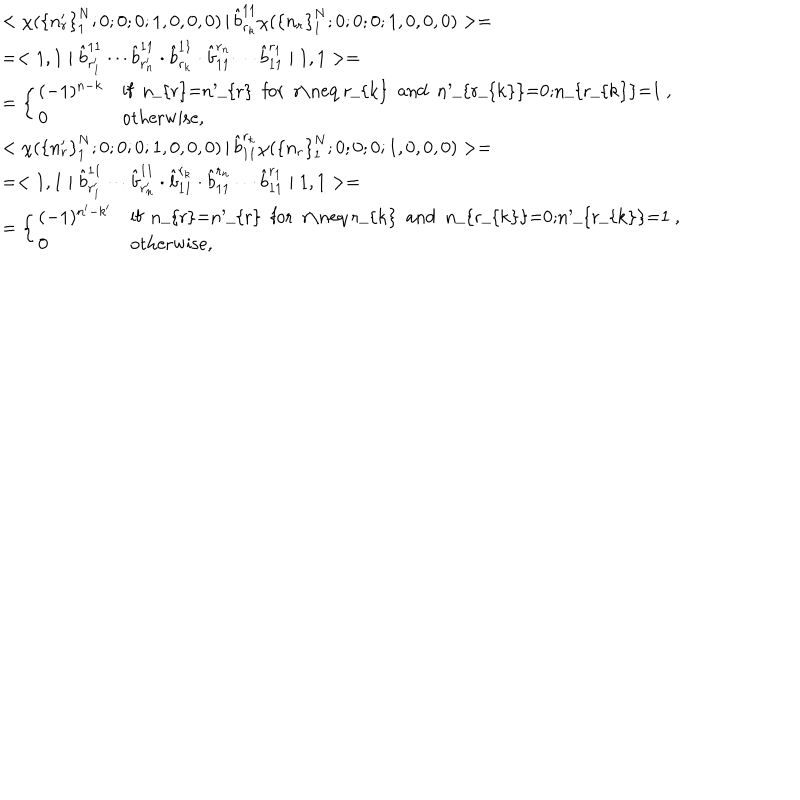
LaTeX: \begin{array} { l } { { < \chi ( { \{ n _ { r } ^ { \prime } \} } _ { 1 } ^ { N } ; 0 ; 0 ; 0 ; 1 , 0 , 0 , 0 ) \left| \right. \hat { b } _ { r _ { k } } ^ { 1 1 } \chi ( { \{ n _ { r } \} } _ { 1 } ^ { N } ; 0 ; 0 ; 0 ; 1 , 0 , 0 , 0 ) > = } } \\ { { = < 1 , 1 \mid \hat { b } _ { r _ { 1 } ^ { \prime } } ^ { 1 1 } \cdots \hat { b } _ { r _ { n } ^ { \prime } } ^ { 1 1 } \cdot \hat { b } _ { r _ { k } } ^ { 1 1 } \cdot \hat { b } _ { 1 1 } ^ { r _ { n } } \cdots \hat { b } _ { 1 1 } ^ { r _ { 1 } } \mid 1 , 1 > = } } \\ { { = \left\{ \begin{array} { l l } { { ( - 1 ) ^ { n - k } } } & { { \mathrm { i f ~ n _ { r } = n _ { r } ^ { \prime } ~ f o r ~ r \neq ~ r _ { k } ~ a n d ~ n _ { r _ { k } } ^ { \prime } = 0 ; n _ { r _ { k } } = 1 ~ } , } } \\ { { 0 } } & { { \mathrm { o t h e r w i s e } , } } \\ \end{array} \right. } } \\ { { < \chi ( { \{ n _ { r } ^ { \prime } \} } _ { 1 } ^ { N } ; 0 ; 0 ; 0 ; 1 , 0 , 0 , 0 ) \left| \right. \hat { b } _ { 1 1 } ^ { r _ { k } } \chi ( { \{ n _ { r } \} } _ { 1 } ^ { N } ; 0 ; 0 ; 0 ; 1 , 0 , 0 , 0 ) > = } } \\ { { = < 1 , 1 \mid \hat { b } _ { r _ { 1 } ^ { \prime } } ^ { 1 1 } \cdots \hat { b } _ { r _ { n } ^ { \prime } } ^ { 1 1 } \cdot \hat { b } _ { 1 1 } ^ { r _ { k } } \cdot \hat { b } _ { 1 1 } ^ { r _ { n } } \cdots \hat { b } _ { 1 1 } ^ { r _ { 1 } } \mid 1 , 1 > = } } \\ { { = \left\{ \begin{array} { l l } { { ( - 1 ) ^ { n ^ { \prime } - k ^ { \prime } } } } & { { \mathrm { i f ~ n _ { r } = n _ { r } ^ { \prime } ~ f o r ~ r \neq ~ r _ { k } ~ a n d ~ n _ { r _ { k } } = 0 ; n _ { r _ { k } } ^ { \prime } = 1 ~ } , } } \\ { { 0 } } & { { \mathrm { o t h e r w i s e } , } } \\ \end{array} \right. } } \\ \end{array}